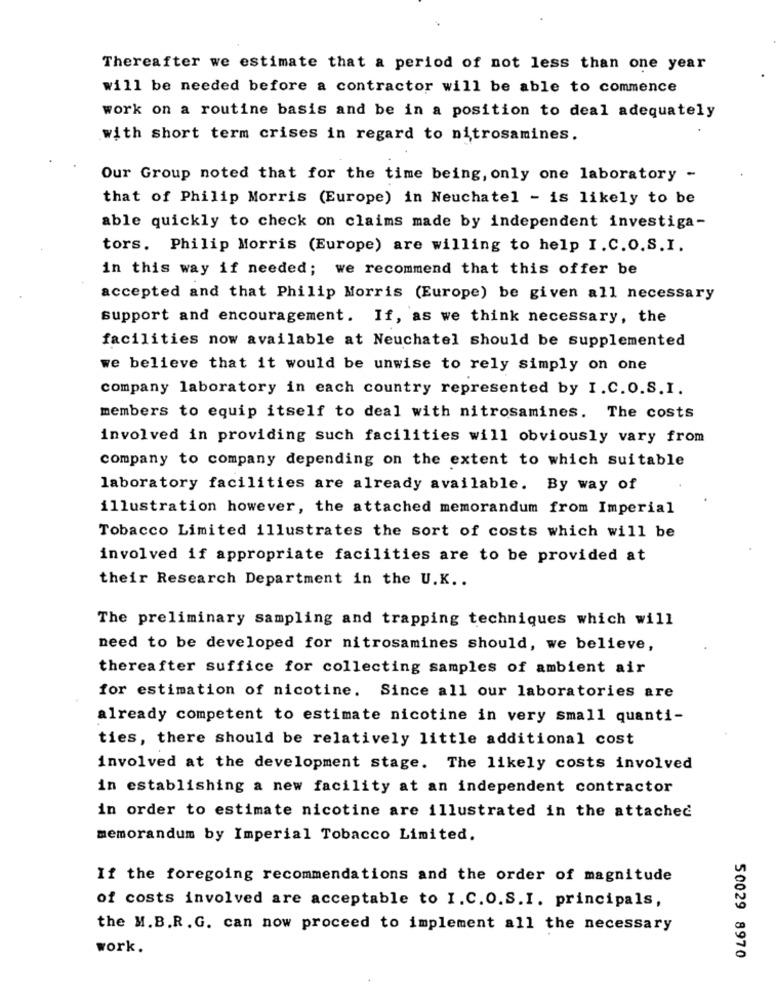
Thereafter we estimate that a period of not less than one year
will be needed before a contractor will be able to commence
work on a routine basis and be in a position to deal adequately
with short term crises in regard to nitrosamines.
Our Group noted that for the time being, only one laboratory -
that of Philip Morris (Europe) in Neuchatel - is likely to be
able quickly to check on claims made by independent investiga-
tors. Philip Morris (Europe) are willing to help I.C.O.S.I.
in this way if needed; we recommend that this offer be
accepted and that Philip Morris (Europe) be given all necessary
support and encouragement. If, as we think necessary, the
facilities now available at Neuchatel should be supplemented
we believe that it would be unwise to rely simply on one
company laboratory in each country represented by I.C.O.S. I.
members to equip itself to deal with nitrosamines. The costs
involved in providing such facilities will obviously vary from
company to company depending on the extent to which suitable
laboratory facilities are already available. By way of
illustration however, the attached memorandum from Imperial
Tobacco Limited illustrates the sort of costs which will be
involved if appropriate facilities are to be provided at
their Research Department in the U.K ..
The preliminary sampling and trapping techniques which will
need to be developed for nitrosamines should, we believe,
thereafter suffice for collecting samples of ambient air
for estimation of nicotine. Since all our laboratories are
already competent to estimate nicotine in very small quanti-
ties, there should be relatively little additional cost
involved at the development stage. The likely costs involved
in establishing a new facility at an independent contractor
in order to estimate nicotine are illustrated in the attached
memorandum by Imperial Tobacco Limited.
If the foregoing recommendations and the order of magnitude
of costs involved are acceptable to I.C.O.S.I. principals,
the M.B.R. G. can now proceed to implement all the necessary
work
50029 8970